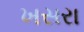
ખસરા